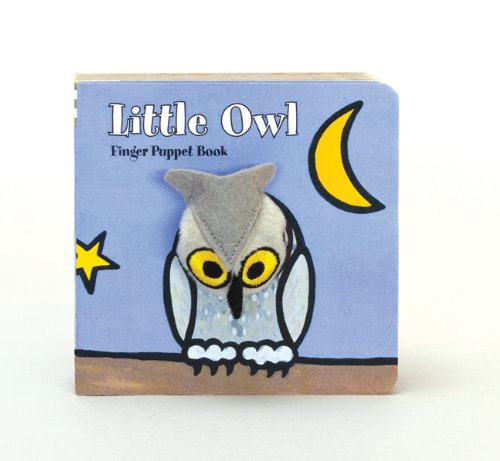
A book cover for Little Owl: Finger Puppet Book (Little Finger Puppet Board Books); ImageBooks; Children's Books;